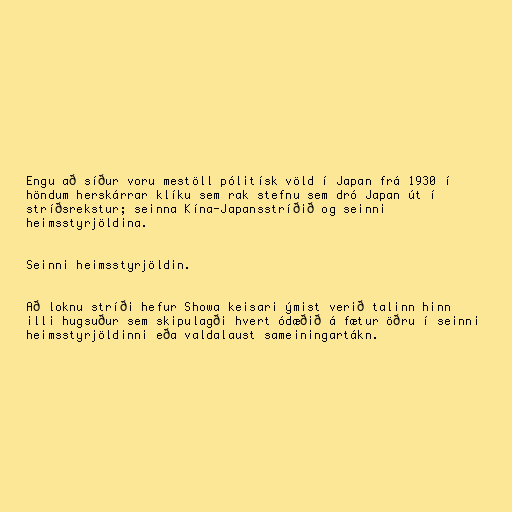
Engu að síður voru mestöll pólitísk völd í Japan frá 1930 í
höndum herskárrar klíku sem rak stefnu sem dró Japan út í
stríðsrekstur; seinna Kína-Japansstríðið og seinni
heimsstyrjöldina.

Seinni heimsstyrjöldin.

Að loknu stríði hefur Showa keisari ýmist verið talinn hinn
illi hugsuður sem skipulagði hvert ódæðið á fætur öðru í seinni
heimsstyrjöldinni eða valdalaust sameiningartákn.